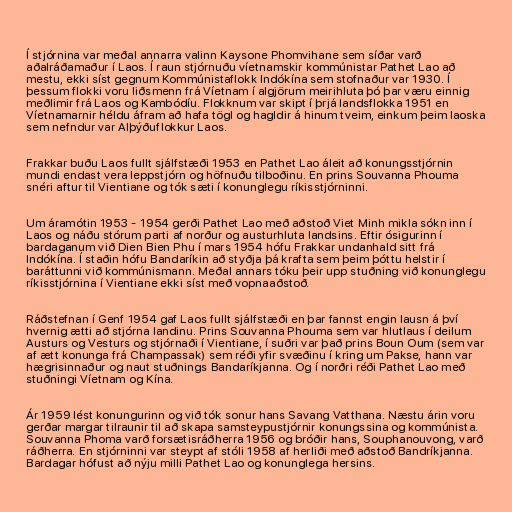
Í stjórnina var meðal annarra valinn Kaysone Phomvihane sem síðar varð
aðalráðamaður í Laos. Í raun stjórnuðu víetnamskir kommúnistar Pathet Lao að
mestu, ekki síst gegnum Kommúnistaflokk Indókína sem stofnaður var 1930. Í
þessum flokki voru liðsmenn frá Víetnam í algjörum meirihluta þó þar væru einnig
meðlimir frá Laos og Kambódíu. Flokknum var skipt í þrjá landsflokka 1951 en
Víetnamarnir héldu áfram að hafa tögl og hagldir á hinum tveim, einkum þeim laoska
sem nefndur var Alþýðuflokkur Laos.

Frakkar buðu Laos fullt sjálfstæði 1953 en Pathet Lao áleit að konungsstjórnin
mundi endast vera leppstjórn og höfnuðu tilboðinu. En prins Souvanna Phouma
snéri aftur til Vientiane og tók sæti í konunglegu ríkisstjórninni.

Um áramótin 1953 - 1954 gerði Pathet Lao með aðstoð Viet Minh mikla sókn inn í
Laos og náðu stórum parti af norður og austurhluta landsins. Eftir ósigurinn í
bardaganum við Dien Bien Phu í mars 1954 hófu Frakkar undanhald sitt frá
Indókína. Í staðin hófu Bandaríkin að styðja þá krafta sem þeim þóttu helstir í
baráttunni við kommúnismann. Meðal annars tóku þeir upp stuðning við konunglegu
ríkisstjórnina í Vientiane ekki síst með vopnaaðstoð.

Ráðstefnan í Genf 1954 gaf Laos fullt sjálfstæði en þar fannst engin lausn á því
hvernig ætti að stjórna landinu. Prins Souvanna Phouma sem var hlutlaus í deilum
Austurs og Vesturs og stjórnaði í Vientiane, í suðri var það prins Boun Oum (sem var
af ætt konunga frá Champassak) sem réði yfir svæðinu í kring um Pakse, hann var
hægrisinnaður og naut stuðnings Bandaríkjanna. Og í norðri réði Pathet Lao með
stuðningi Víetnam og Kína.

Ár 1959 lést konungurinn og við tók sonur hans Savang Vatthana. Næstu árin voru
gerðar margar tilraunir til að skapa samsteypustjórnir konungssina og kommúnista.
Souvanna Phoma varð forsætisráðherra 1956 og bróðir hans, Souphanouvong, varð
ráðherra. En stjórninni var steypt af stóli 1958 af herliði með aðstoð Bandríkjanna.
Bardagar hófust að nýju milli Pathet Lao og konunglega hersins.